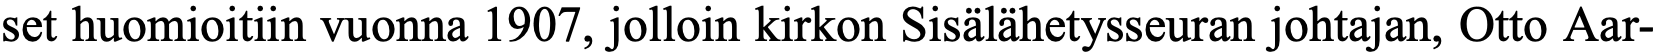
set huomioitiin vuonna 1907, jolloin kirkon Sisälähetysseuran johtajan, Otto Aar-